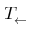
T _ { \leftarrow }